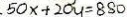
5 0 x + 2 0 y = 8 8 0